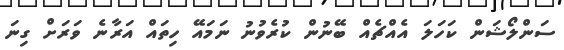
ސަންލޯޝަން ކަހަލަ އެއްޗެއް ބޭނުން ކުރެވުނު ނަމައޭ ހިތައް އަރާނެ ވަރަށް ގިނަ